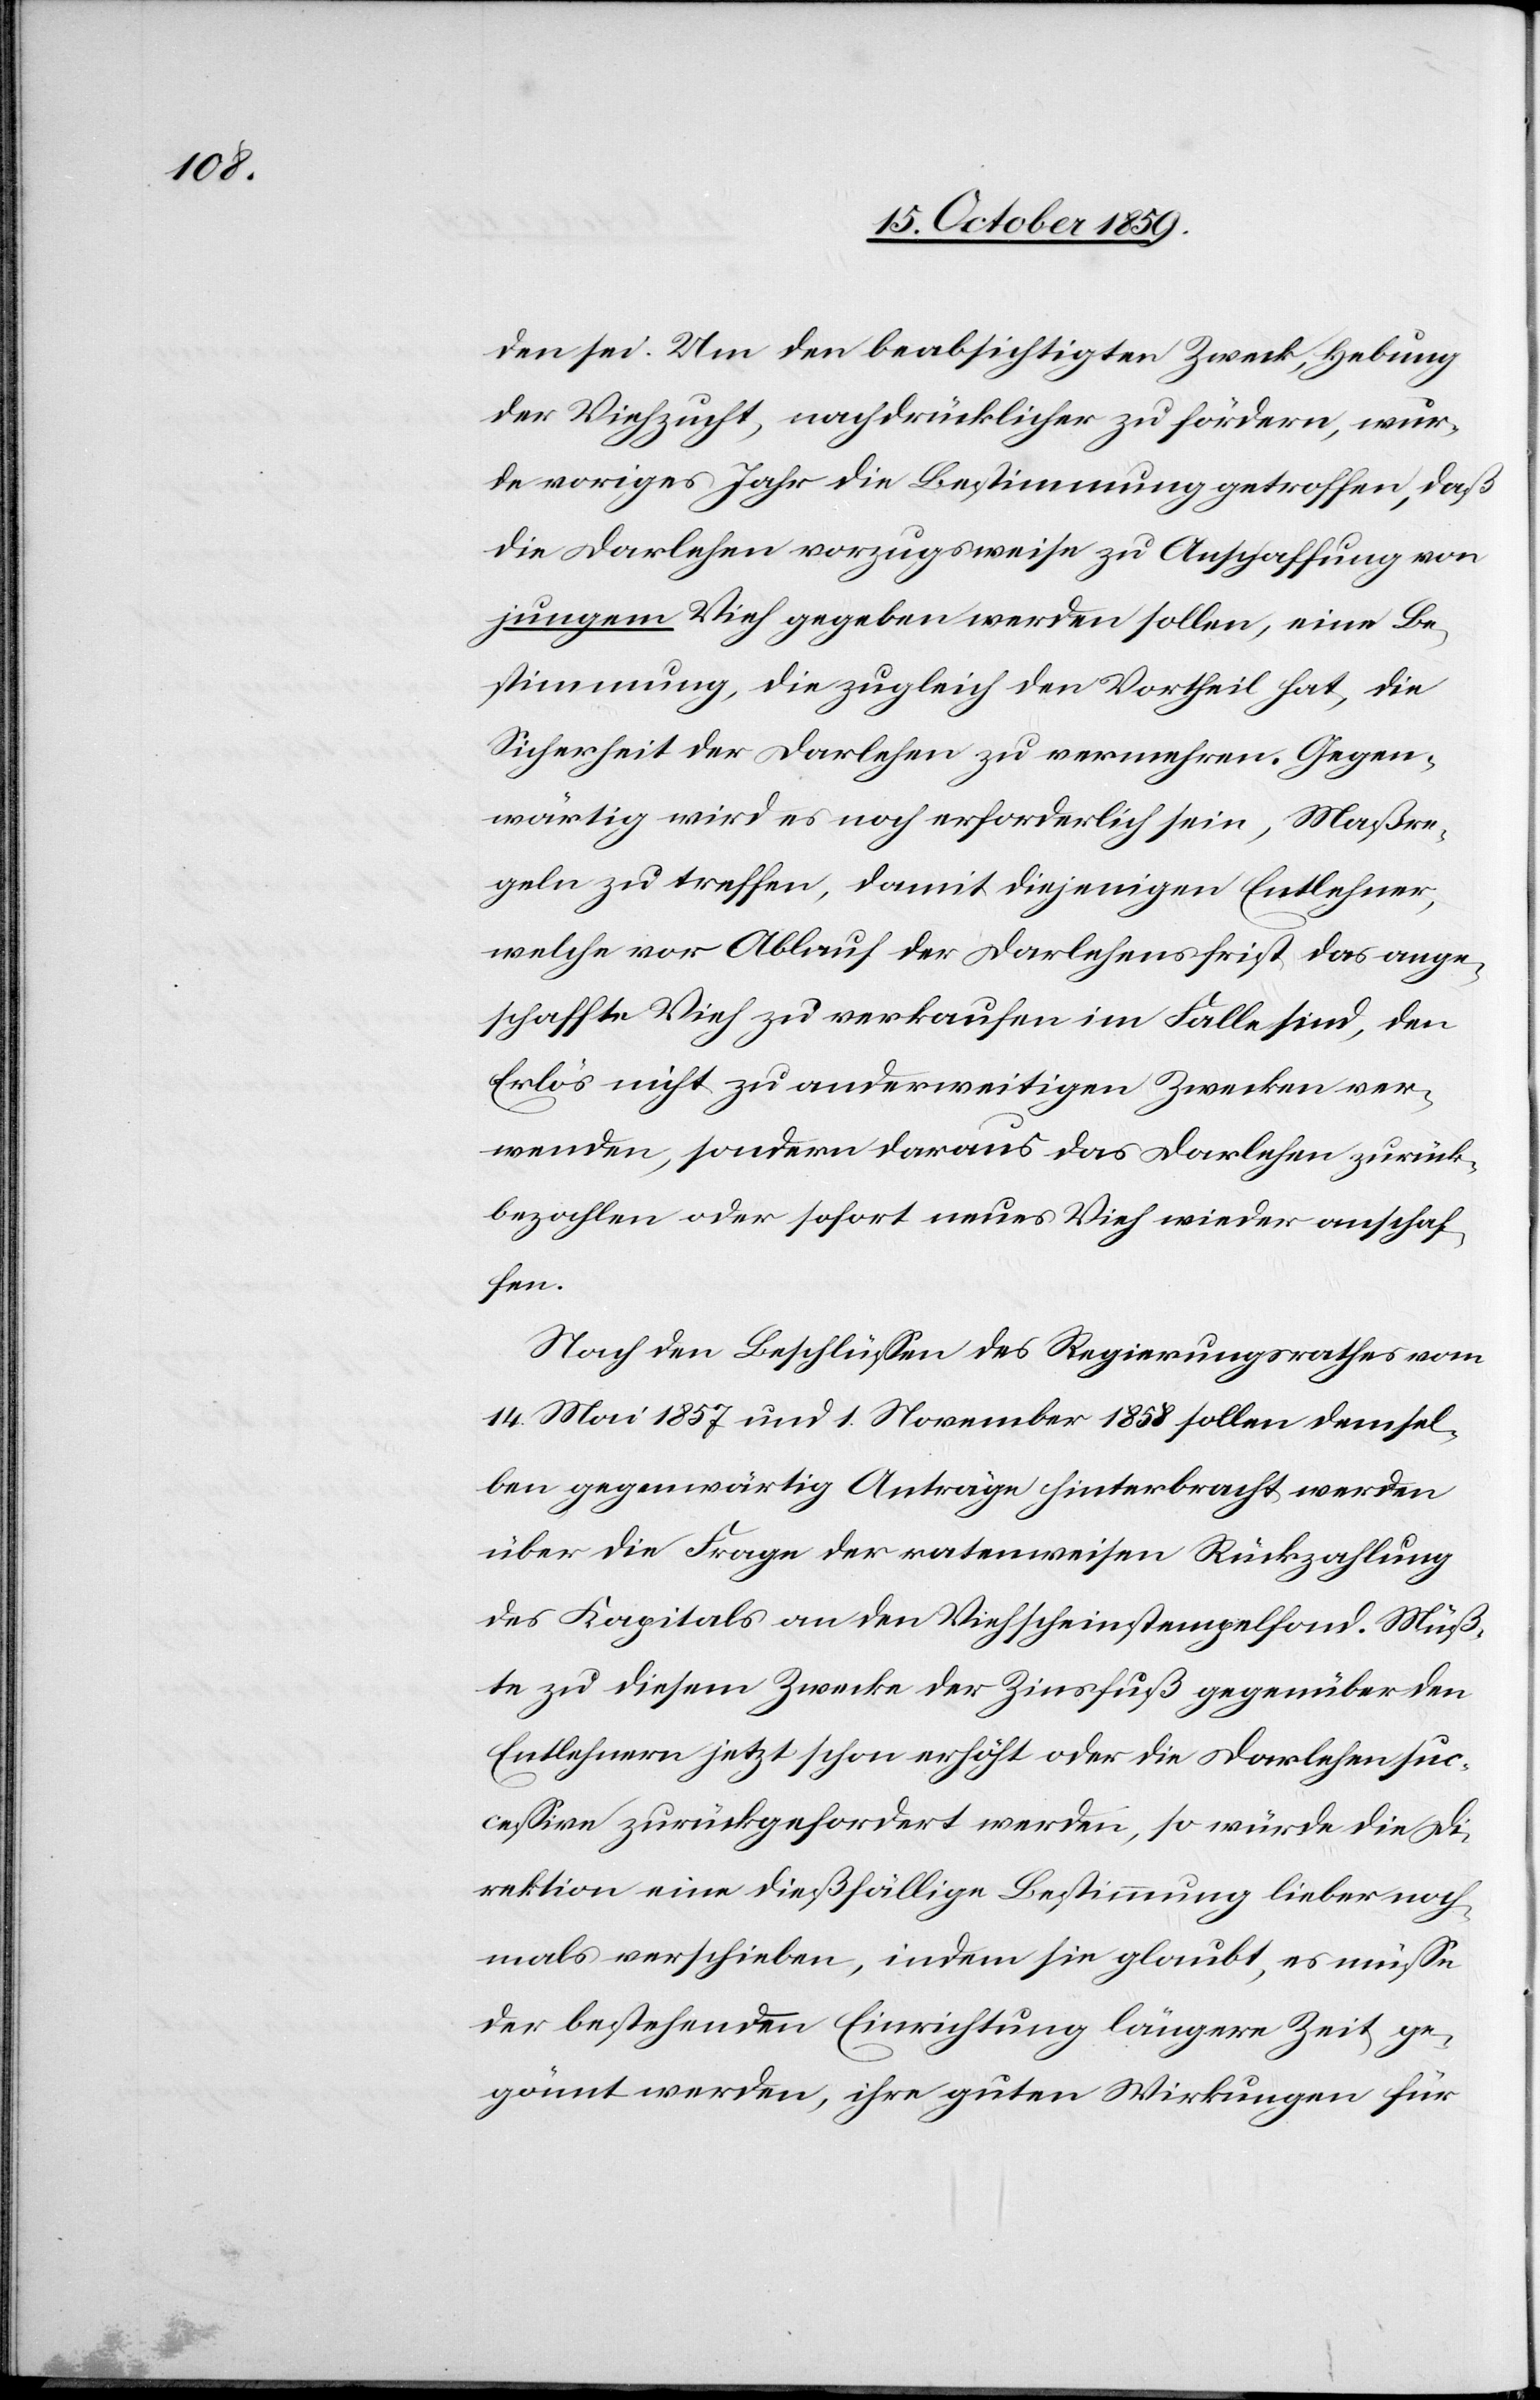
den sei. Um den beabsichtigten Zweck, Hebung
der Viehzucht, nachdrücklicher zu fördern, wur¬
de voriges Jahr die Bestimmung getroffen, daß
die Darlehen vorzugsweise zu Anschaffung von
jungem Vieh gegeben werden sollen, eine Be¬
stimmung, die zugleich den Vortheil hat, die
Sicherheit der Darlehen zu vermehren. Gegen¬
wärtig wird es noch erforderlich sein, Maßre¬
geln zu treffen, damit diejenigen Entlehner,
welche vor Ablauf der Darlehensfrist das ange¬
schaffte Vieh zu verkaufen im Falle sind, den
Erlös nicht zu anderweitigen Zwecken ver¬
wenden, sondern daraus das Darlehen zurück¬
bezahlen oder sofort neues Vieh wieder anschaf¬
fen.
Nach den Beschlüssen des Regierungsrathes vom
14. Mai 1857 und 1. November 1858 sollen demsel¬
ben gegenwärtig Anträge hinterbracht werden
über die Frage der ratenweisen Rückzahlung
des Kapitals an den Viehscheinstempelfond. Müß¬
te zu diesem Zwecke der Zinsfuß gegenüber den
Entlehnern jetzt schon erhöht oder die Darlehen suc¬
cessive zurückgefordert werden, so würde die Di¬
rektion eine dießfällige Bestimmung lieber noch¬
mals verschieben, indem sie glaubt, es müsse
der bestehenden Einrichtung längere Zeit ge¬
gönnt werden ihre guten Wirkungen für